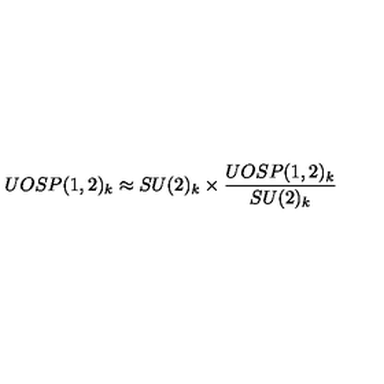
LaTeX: U O S P ( 1 , 2 ) _ { k } \approx S U ( 2 ) _ { k } \times { \frac { U O S P ( 1 , 2 ) _ { k } } { S U ( 2 ) _ { k } } }